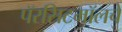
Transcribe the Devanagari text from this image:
पॅरसिटमॉलचे